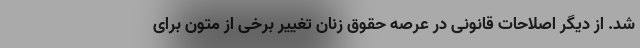
شد. از دیگر اصلاحات قانونی در عرصه حقوق زنان تغییر برخی از متون برای